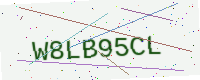
Text: W8LB95CL